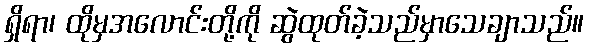
ရှိရာ၊ ထိုမှအလောင်းတို့ကို ဆွဲထုတ်ခဲ့သည်မှာသေချာသည်။